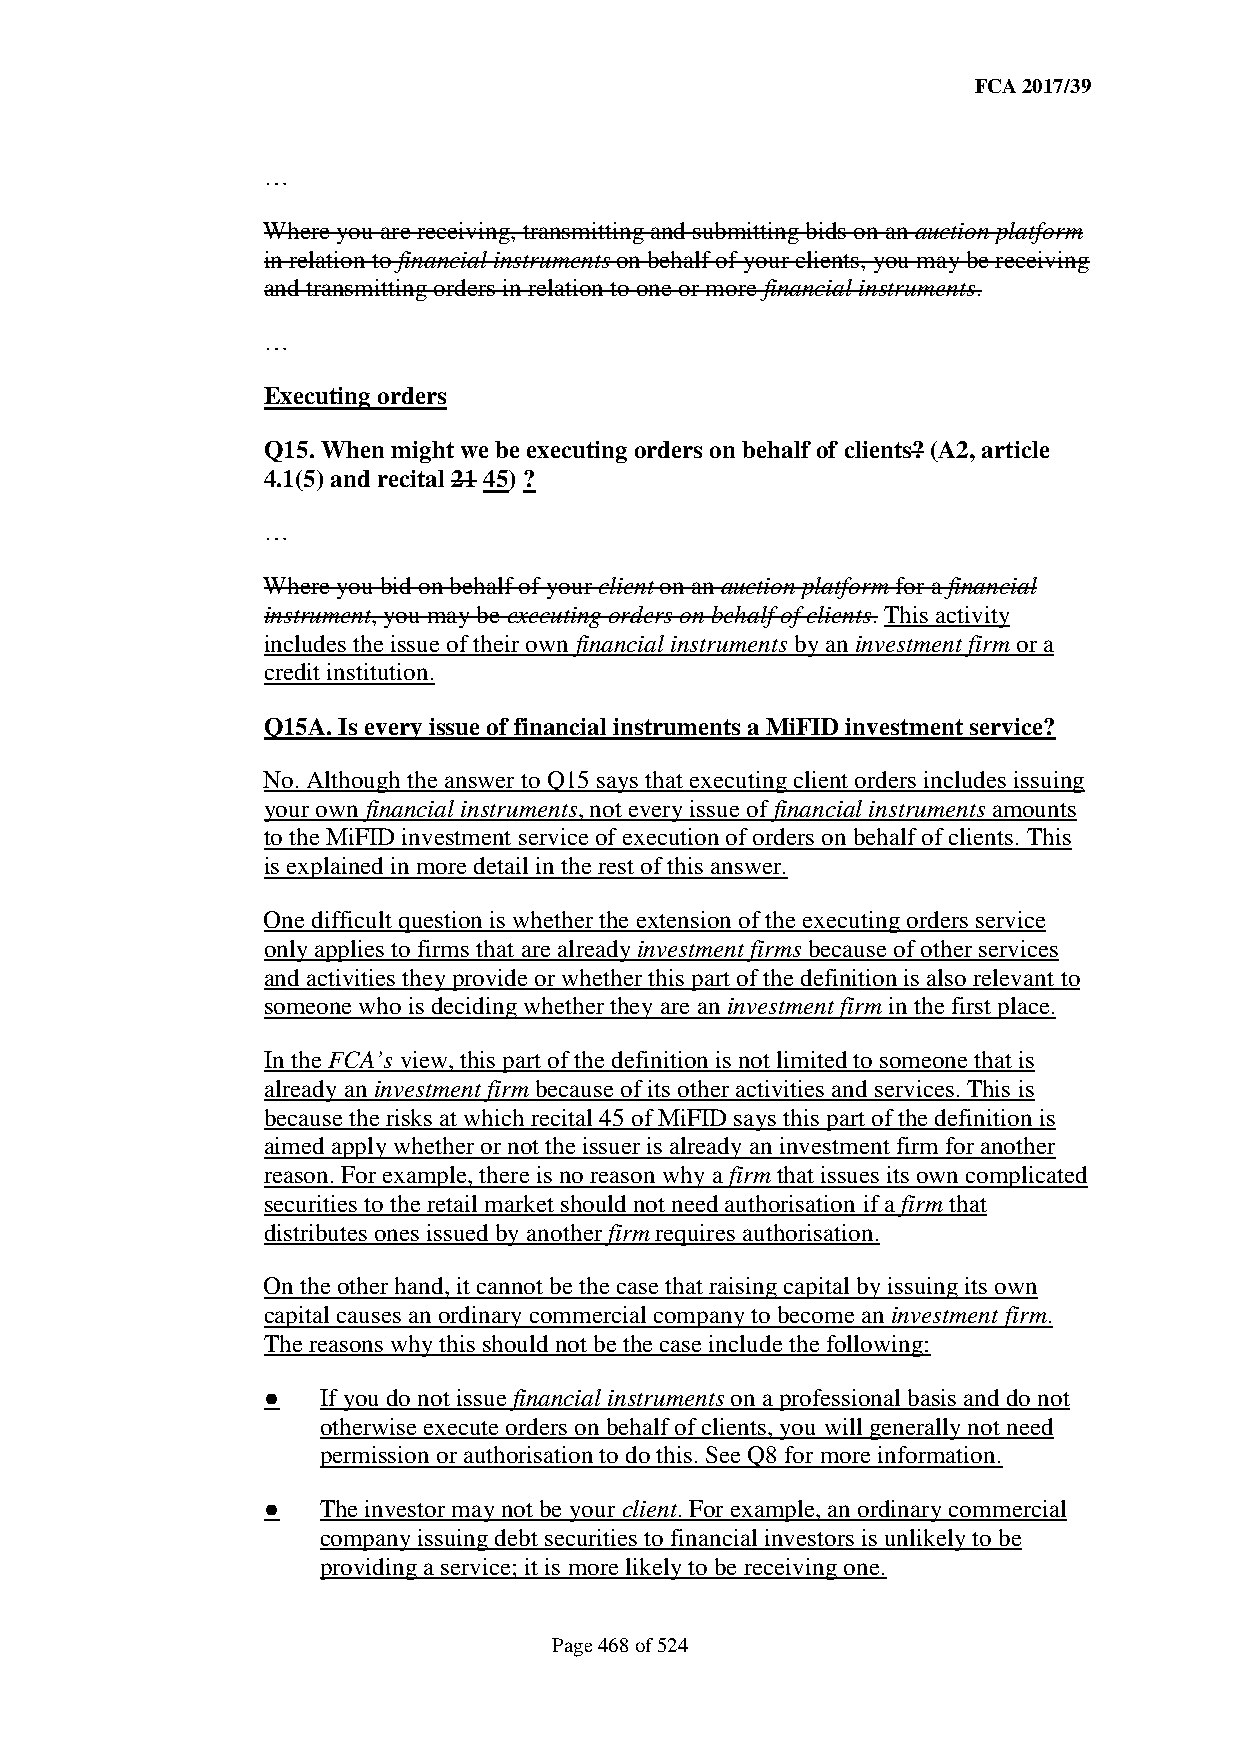
FCA 2017/39
 …
 Where you are receiving, transmitting and submitting bids on an auction platform
 in relation to financial instruments on behalf of your clients, you may be receiving
 and transmitting orders in relation to one or more financial instruments.
 …
 Executing orders
 Q15. When might we be executing orders on behalf of clients? (A2, article
 4.1(5) and recital 21 45) ?
 …
 Where you bid on behalf of your client on an auction platform for a financial
 instrument, you may be executing orders on behalf of clients. This activity
 includes the issue of their own financial instruments by an investment firm or a
 credit institution.
 Q15A. Is every issue of financial instruments a MiFID investment service?
 No. Although the answer to Q15 says that executing client orders includes issuing
 your own financial instruments, not every issue of financial instruments amounts
 to the MiFID investment service of execution of orders on behalf of clients. This
 is explained in more detail in the rest of this answer.
 One difficult question is whether the extension of the executing orders service
 only applies to firms that are already investment firms because of other services
 and activities they provide or whether this part of the definition is also relevant to
 someone who is deciding whether they are an investment firm in the first place.
 In the FCA’s view, this part of the definition is not limited to someone that is
 already an investment firm because of its other activities and services. This is
 because the risks at which recital 45 of MiFID says this part of the definition is
 aimed apply whether or not the issuer is already an investment firm for another
 reason. For example, there is no reason why a firm that issues its own complicated
 securities to the retail market should not need authorisation if a firm that
 distributes ones issued by another firm requires authorisation.
 On the other hand, it cannot be the case that raising capital by issuing its own
 capital causes an ordinary commercial company to become an investment firm.
 The reasons why this should not be the case include the following:
 ●   If you do not issue financial instruments on a professional basis and do not
 otherwise execute orders on behalf of clients, you will generally not need
 permission or authorisation to do this. See Q8 for more information.
 ●   The investor may not be your client. For example, an ordinary commercial
 company issuing debt securities to financial investors is unlikely to be
 providing a service; it is more likely to be receiving one.
 Page 468 of 524